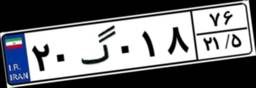
۶۵گ۰۳۰۹۸